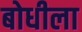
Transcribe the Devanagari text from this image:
बोधीला